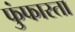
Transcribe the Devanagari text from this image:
फुंफारता